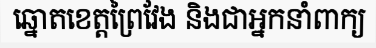
ឆ្នោតខេត្តព្រៃវែង និងជាអ្នកនាំពាក្យ